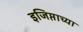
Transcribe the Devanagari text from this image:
इजिप्ताच्या